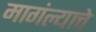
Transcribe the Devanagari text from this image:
मागंल्याचे